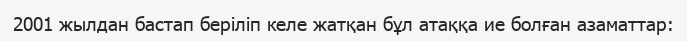
2001 жылдан бастап беріліп келе жатқан бұл атаққа ие болған азаматтар: